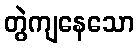
တွဲကျနေသော